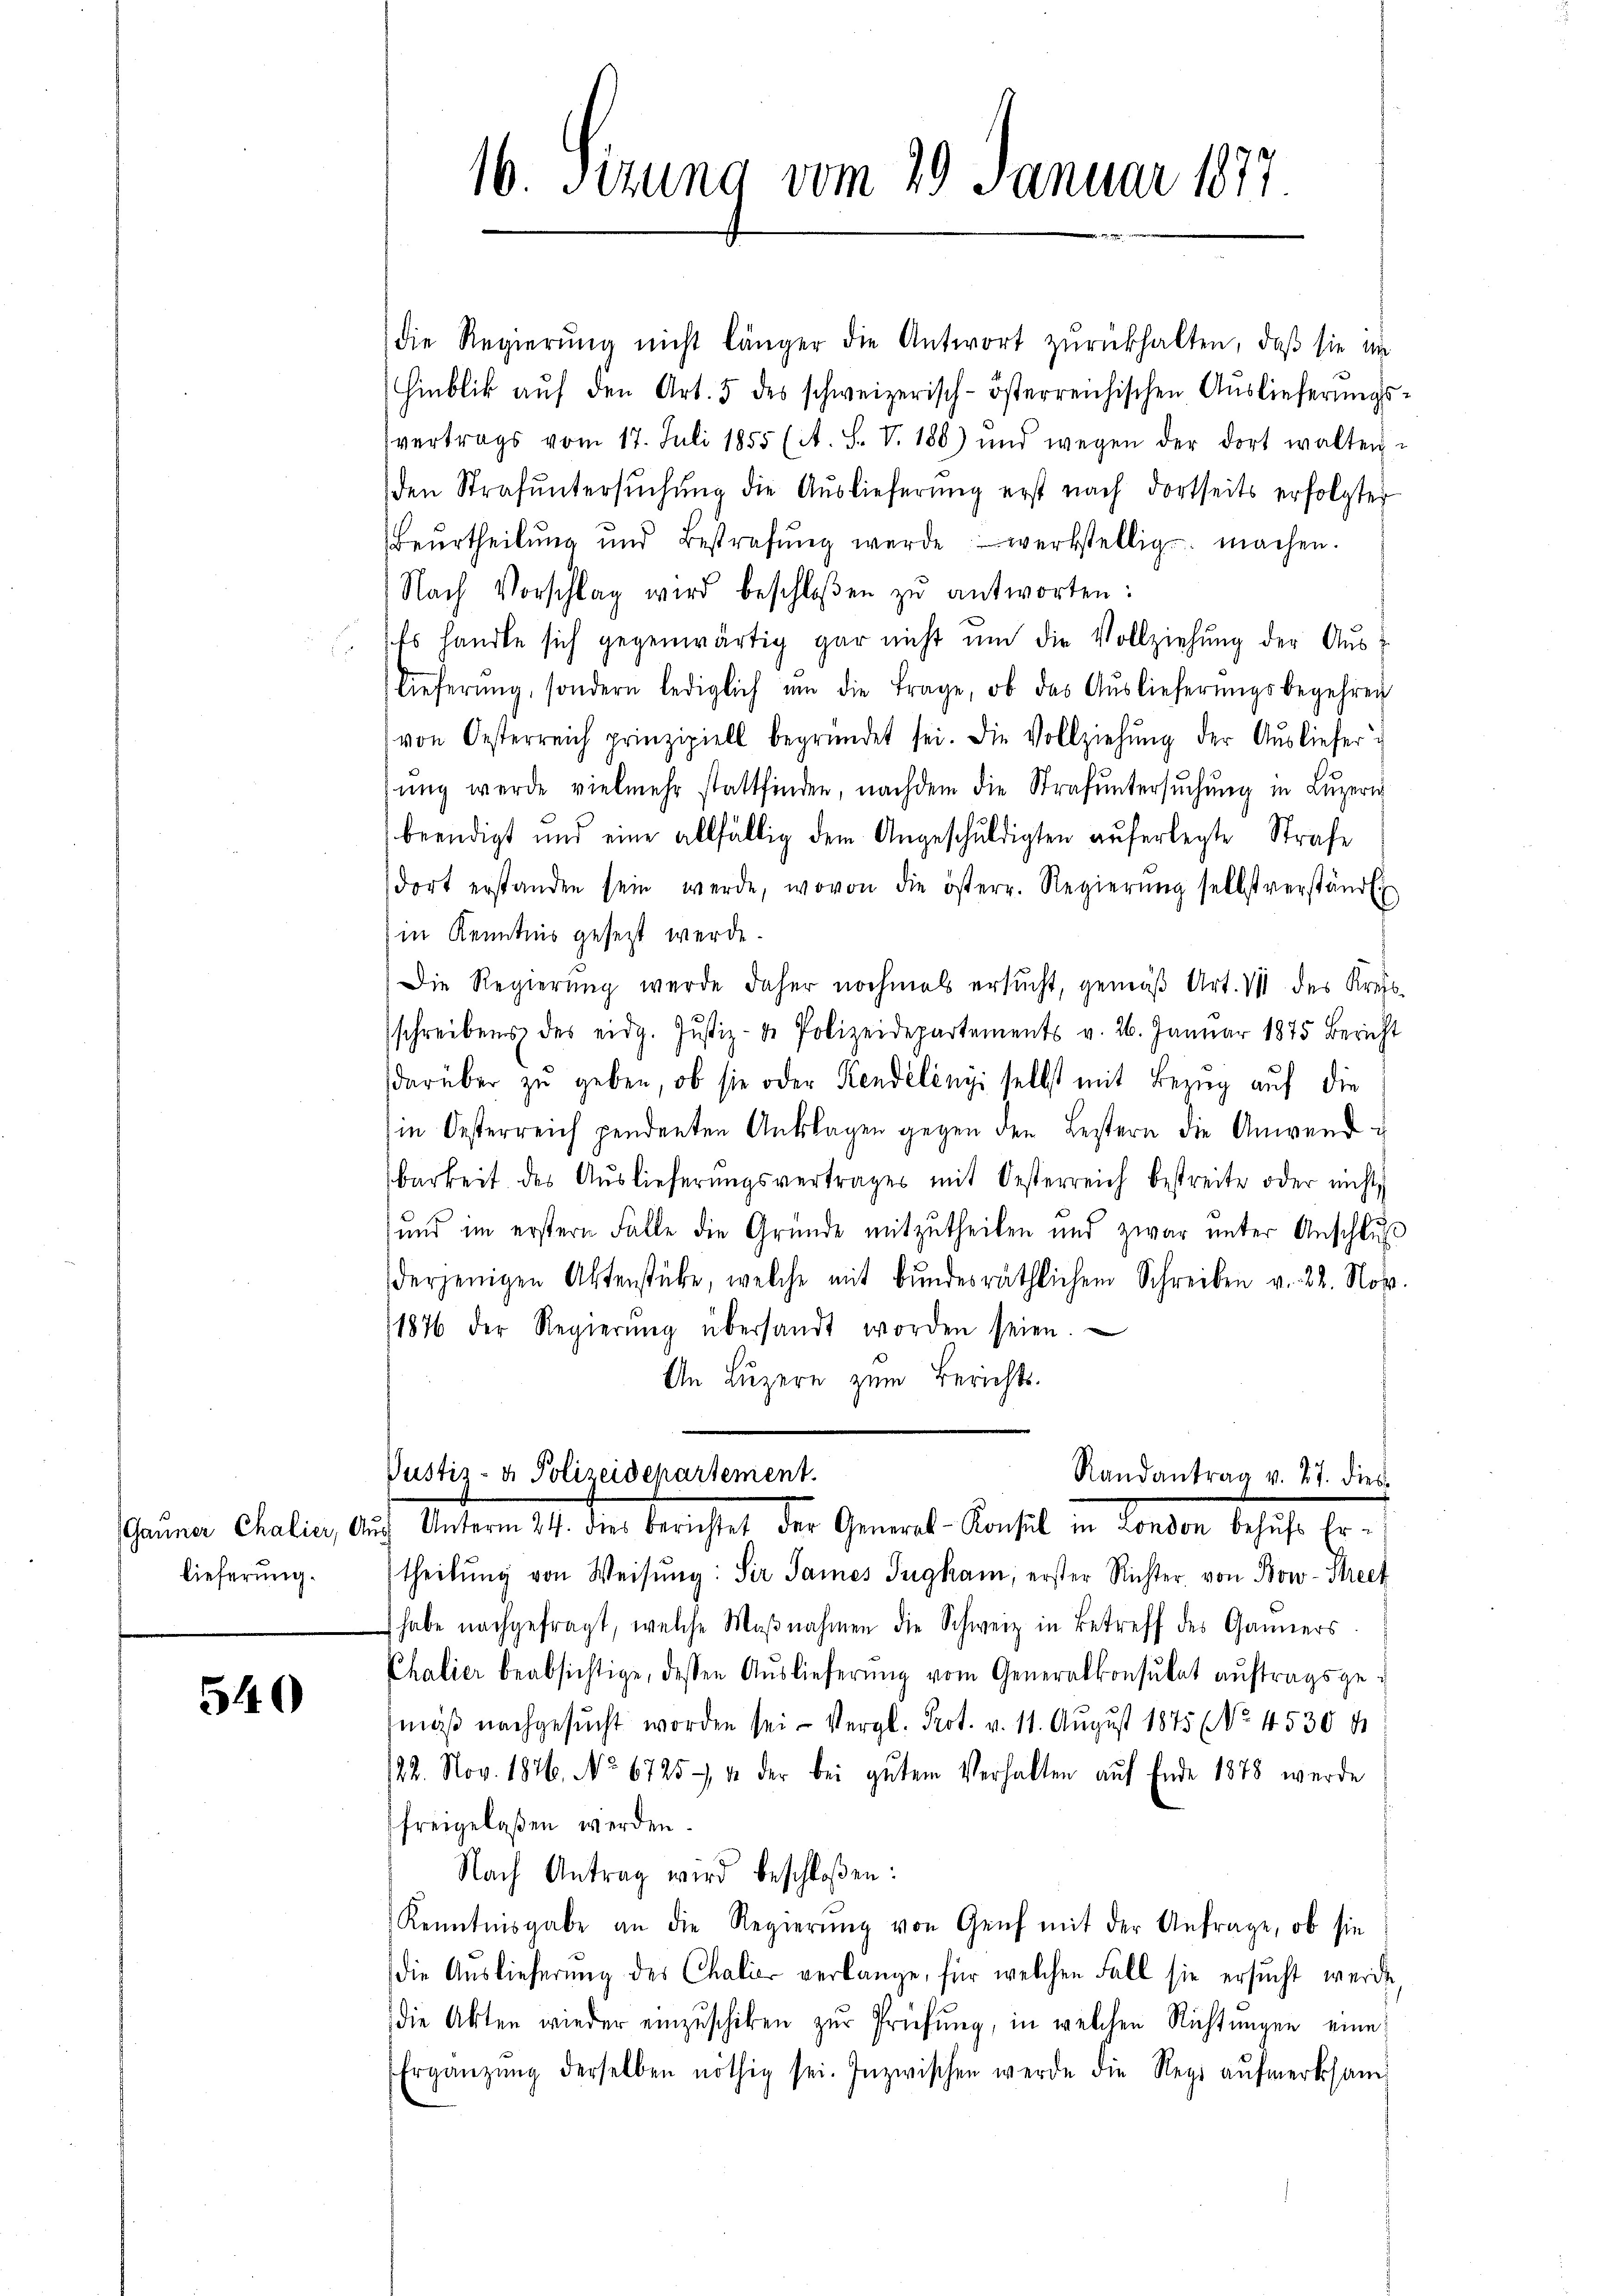
lieferung.

540

16. Sizung vom 29. Januar 1877

die Regierŭng nicht länger die Antwort zŭrückhalten, daβ sie im
Hinblik aŭf den Art. 5 des schweizerisch-österreichischen Aŭslieferŭngs-
vertrags vom 17. Juli 1855 (A. S. V. 188) und wegen der dort walten-
den Strafuntersuchung die Auslieferung erst nach dortseits erfolgter
Beŭrtheilŭng und Bestrafŭng werde werkstellig machen.
Nach Vorschlag wird beschloßen zŭ antworten:
Es handle sich gegenwärtig gar nicht ŭm die Vollziehŭng der Aŭs-
lieferŭng, sondern lediglich ŭm die Frage, ob das Aŭslieferŭngsbegehren
von Oesterreich prinzipiell begründet sei. Die Vollziehŭng der Ausliefer u
sŭng werde vielmehr stattfinden, nachdem die Strafŭntersŭchŭng in Lŭzern
beendigt und eine allfällig dem Angeschuldigten auferlegte Strafe
dort erstanden sein werde, wovon die österr. Regierŭng selbstverständli
in Kenntnis gesetzt werde.
Die Regierŭng werde daher nochmals ersŭcht, gemäβ Art. VII des Kreis-
schreibens des eidg. Jŭstiz- & Polizeidepartements v. 26. Januar 1875 Bericht
darüber zŭ geben, ob sie oder Rendélényi selbst mit Bezug auf die
in Oesterreich pendenten Anklagen gegen den Bestern die Anwendu
barkeit des Aŭslieferŭngsvertrages mit Oesterreich bestreite oder nichts
und im erstern Falle die Gründe mitzutheilen und zwar ŭnter Anschlŭβ
derjenigen Aktenstäbe, welche mit bundesräthlichem Schreiben v. 22. Nov.
1876 der Regierŭng übersandt worden seien.
An Luzern zum Berichts-
Justiz- & Polizeidepartement.
Randantrag v. 27. dies
(Gauner Chalier, Aŭs Unterm 24. dies berichtet der General-Konsul in London behŭfs Er-
theilŭng von Weisŭng: Sir James Tugkam, erster Richter von Bow-Strech
habe nachgefragt, welche Maβnahmen die Schweiz in Betreff des Ganners
Chalier beabsichtige, dessen Aŭslieferŭng vom Generalkonsulat aŭftragsge-
mäß nachgesucht worden sei - Vergl. Prot. v. 11. August 1875 (No. 4530 f
122. Nov. 1876. No. 6725. & der bei gŭtem Verhalten aŭf Ende 1878 werde
freigelaßen werden.
Nach Antrag wird beschloßen:
Kenntnisgabe an die Regierung von Genf mit der Anfrage, ob sie
die Auslieferŭng des Chalier verlange, für welchen Fall sie ersŭcht werde,
die Akten wieder einzuschiken zur Prüfung, in welchen Richtungen eine
Ergänzŭng derselben nöthig sei. Inzwischen werde die Regi aŭfmerksam